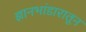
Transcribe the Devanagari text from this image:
ज्ञानभांडारातून